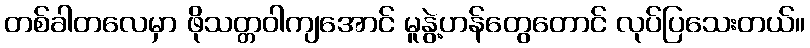
တစ်ခါတလေမှာ ဖိုသတ္တဝါကျအောင် မူနွဲ့ဟန်တွေတောင် လုပ်ပြသေးတယ်။